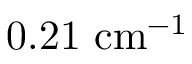
0 . 2 1 ~ \mathrm { c m } ^ { - 1 }